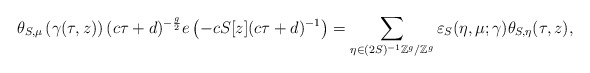
\begin{align*}\theta_{S,\mu}\left(\gamma(\tau,z)\right)(c \tau + d)^{-\frac{g}{2}} e\left(-c S[z] (c \tau+d)^{-1}\right)=\sum_{\eta\in(2S)^{-1}\mathbb Z^g/\mathbb Z^g} \varepsilon_{S}(\eta, \mu;\gamma)\theta_{S,\eta}(\tau, z),\end{align*}